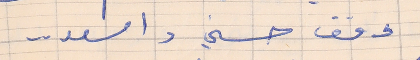
وقف حسني واسعد . .